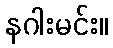
နဂါးမင်း။